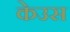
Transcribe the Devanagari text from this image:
केउस